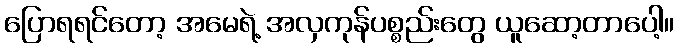
ပြောရရင်တော့ အမေရဲ့ အလှကုန်ပစ္စည်းတွေ ယူဆော့တာပေါ့။